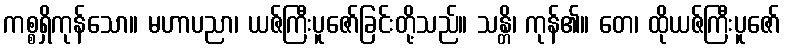
ကစ္စရှိကုန်သော။ မဟာပညာ၊ ယဇ်ကြီးပူဇော်ခြင်းတို့သည်။ သန္တိ၊ ကုန်၏။ တေ၊ ထိုယဇ်ကြီးပူဇော်